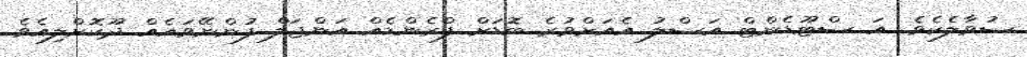
ސުވާލެކެވެ. އަ ސްޓޫޑެންޓް އަސްލު އެއަށްވުރެ ބޮޑަށް ފްރެންޑެއް އަންޖަލް ފުންނޭވައެއް ދޫކޮށްލިއެވެ.